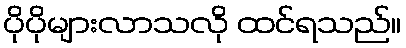
ပိုပိုများလာသလို ထင်ရသည်။